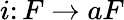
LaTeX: i\colon F\to aF